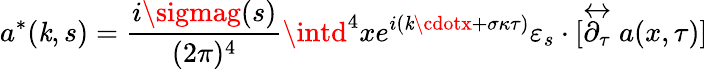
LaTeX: a^{*}(\mathit{k},s)=\frac{{i\sigmag(s)}}{{(2\pi)^{4}}}\intd^{4}xe^{i(\mathit{k}\cdotx+\sigma\kappa\tau)}\varepsilon_{s}\cdot[\stackrel{\leftrightarrow}{\partial_{\tau}}a(x,\tau)]